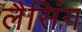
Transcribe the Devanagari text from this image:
लैसिंग